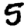
Digit: 5